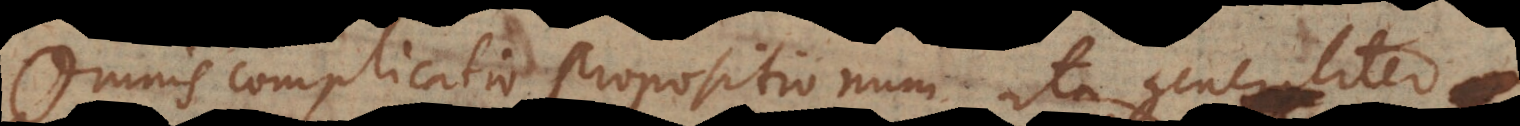
Omnis complicatio propositionum ita generaliter